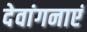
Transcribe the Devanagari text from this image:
देवांगनाएं